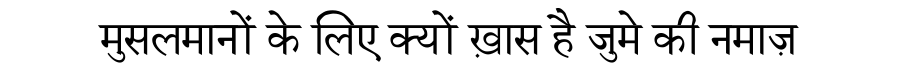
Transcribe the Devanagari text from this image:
मुसलमानों के लिए क्यों ख़ास है जुमे की नमाज़